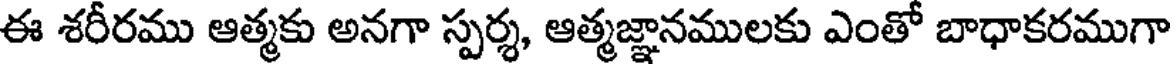
ఈ శరీరము ఆత్మకు అనగా స్పర్శ, ఆత్మజ్ఞానములకు ఎంతో బాధాకరముగా